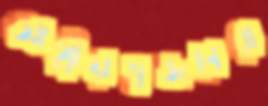
আত্মীয়স্বজনেরা